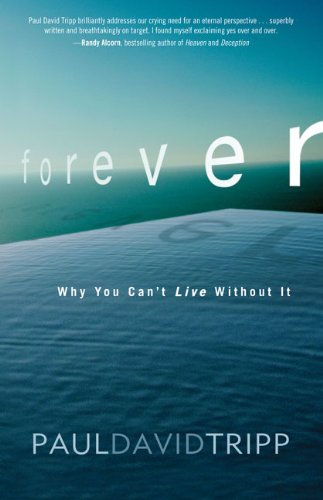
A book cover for Forever: Why You Can't Live Without It; Paul David Tripp; Christian Books & Bibles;